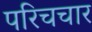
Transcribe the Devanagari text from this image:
परिचचार